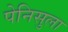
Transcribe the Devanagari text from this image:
पेनिसुला